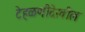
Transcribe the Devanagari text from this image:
टेहळणीदेखील